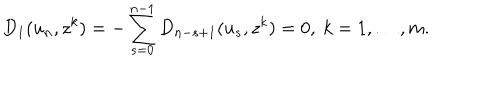
D _ { 1 } ( u _ { n } , z ^ { k } ) = - \sum _ { s = 0 } ^ { n - 1 } D _ { n - s + 1 } ( u _ { s } , z ^ { k } ) = 0 , \ k = 1 , \dots , m .